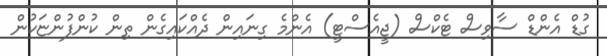
ގުޑް އެންޑް ސާވިސް ޓެކްސް (ޖީއެސްޓީ) އެންމެ ގިނައިން ދެއްކައިގެން ތިން ކުންފުންޏަކުން